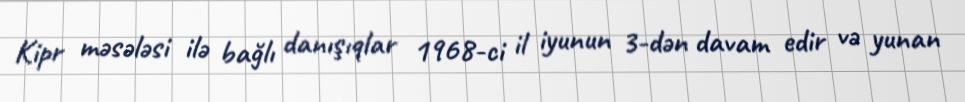
Kipr məsələsi ilə bağlı danışıqlar 1968-ci il iyunun 3-dən davam edir və yunan